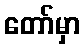
တော်မှာ